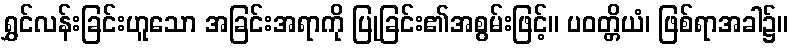
ရွှင်လန်းခြင်းဟူသော အခြင်းအရာကို ပြုခြင်း၏အစွမ်းဖြင့်။ ပဝတ္တိယံ၊ ဖြစ်ရာအခါ၌။